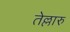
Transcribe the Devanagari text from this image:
तेल्लारु